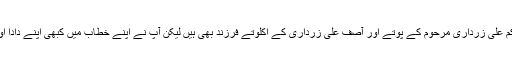
سب جانتے ہیں کہ آپ حاکم علی زرداری مرحوم کے پوتے اور آصف علی زرداری کے اکلوتے فرزند بھی ہیں لیکن آپ نے اپنے خطاب میں کبھی اپنے دادا اور والد کا حوالہ نہیں دیتے۔